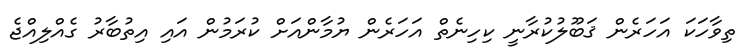
ތިވާހަކަ އަހަރެން ޤަބޫލުކުރާނީ ކިހިނެތް އަހަރެން ޔުމާންއަށް ކުރަމުން އައި އިތުބާރު ގެއްލިއްޖެ